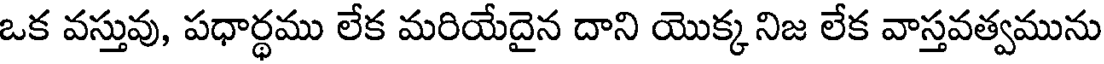
ఒక వస్తువు, పధార్థము లేక మరియేదైన దాని యొక్క నిజ లేక వాస్తవత్వమును